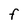
Character: F